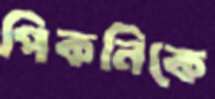
পিকনিকে